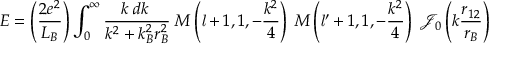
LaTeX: E = \left( { \frac { 2 e ^ { 2 } } { L _ { B } } } \right) \int _ { 0 } ^ { \infty } { \frac { k \; d k \; } { k ^ { 2 } + k _ { B } ^ { 2 } r _ { B } ^ { 2 } } } \; M \left( { \mathit { l } } + 1 , 1 , - { \frac { k ^ { 2 } } { 4 } } \right) \; M \left( { \mathit { l } } ^ { \prime } + 1 , 1 , - { \frac { k ^ { 2 } } { 4 } } \right) \; { \mathcal { J } } _ { 0 } \left( k { \frac { r _ { 1 2 } } { r _ { B } } } \right)